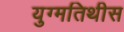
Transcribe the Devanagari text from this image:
युग्मतिथीस